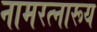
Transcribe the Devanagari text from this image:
नामरत्नारूय